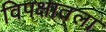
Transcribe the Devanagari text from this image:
विपक्षातला